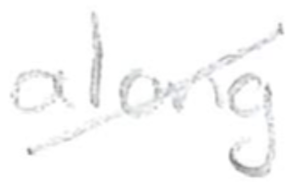
Text: along
Cross-out: diagonal
Writing tool: pencil